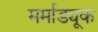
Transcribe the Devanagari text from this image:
मर्माड्यूक